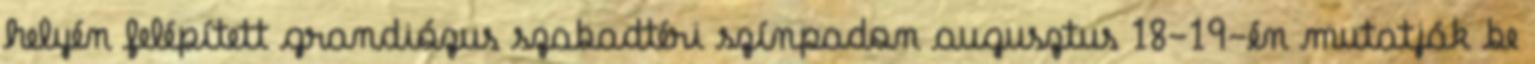
helyén felépített grandiózus szabadtéri színpadon augusztus 18-19-én mutatják be